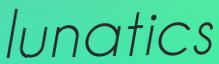
lunatics